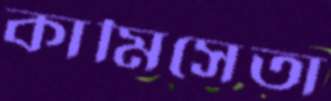
কামিসেতা